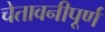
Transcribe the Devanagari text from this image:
चेतावनीपूर्ण